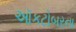
ઑકટોબરના